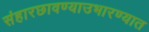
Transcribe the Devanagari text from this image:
संहारछावण्याउभारण्यात